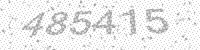
Solution: 485415